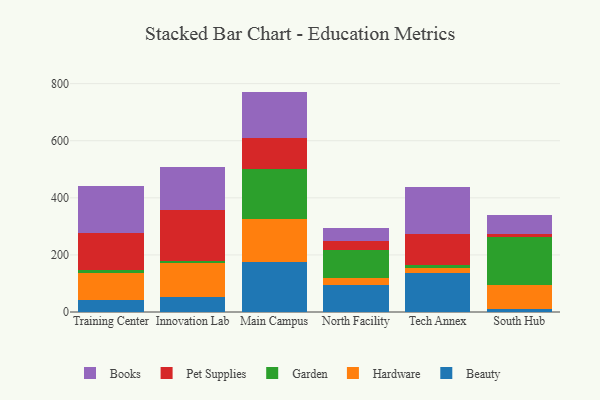
{"axis": {"x": "Campus", "y": "Customer Acquisition Cost (USD)"}, "legend": ["Beauty", "Books", "Garden", "Hardware", "Pet Supplies"], "data": [{"x": "Training Center", "y": 43.6, "type": "Beauty"}, {"x": "Training Center", "y": 93.2, "type": "Hardware"}, {"x": "Training Center", "y": 11.4, "type": "Garden"}, {"x": "Training Center", "y": 129.4, "type": "Pet Supplies"}, {"x": "Training Center", "y": 165.4, "type": "Books"}, {"x": "Innovation Lab", "y": 51.3, "type": "Beauty"}, {"x": "Innovation Lab", "y": 119.6, "type": "Hardware"}, {"x": "Innovation Lab", "y": 9.3, "type": "Garden"}, {"x": "Innovation Lab", "y": 178.1, "type": "Pet Supplies"}, {"x": "Innovation Lab", "y": 148.4, "type": "Books"}, {"x": "Main Campus", "y": 173.9, "type": "Beauty"}, {"x": "Main Campus", "y": 151.3, "type": "Hardware"}, {"x": "Main Campus", "y": 175.7, "type": "Garden"}, {"x": "Main Campus", "y": 107.6, "type": "Pet Supplies"}, {"x": "Main Campus", "y": 163.6, "type": "Books"}, {"x": "North Facility", "y": 93.0, "type": "Beauty"}, {"x": "North Facility", "y": 27.0, "type": "Hardware"}, {"x": "North Facility", "y": 98.6, "type": "Garden"}, {"x": "North Facility", "y": 31.5, "type": "Pet Supplies"}, {"x": "North Facility", "y": 44.9, "type": "Books"}, {"x": "Tech Annex", "y": 135.5, "type": "Beauty"}, {"x": "Tech Annex", "y": 17.9, "type": "Hardware"}, {"x": "Tech Annex", "y": 10.1, "type": "Garden"}, {"x": "Tech Annex", "y": 109.4, "type": "Pet Supplies"}, {"x": "Tech Annex", "y": 164.4, "type": "Books"}, {"x": "South Hub", "y": 9.1, "type": "Beauty"}, {"x": "South Hub", "y": 85.2, "type": "Hardware"}, {"x": "South Hub", "y": 168.3, "type": "Garden"}, {"x": "South Hub", "y": 9.0, "type": "Pet Supplies"}, {"x": "South Hub", "y": 68.9, "type": "Books"}]}